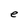
Character: e